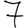
Digit: 7